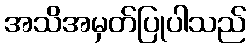
အသိအမှတ်ပြုပါသည်